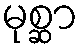
မုစ္ဆာ